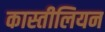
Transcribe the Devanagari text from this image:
कास्तीलियन